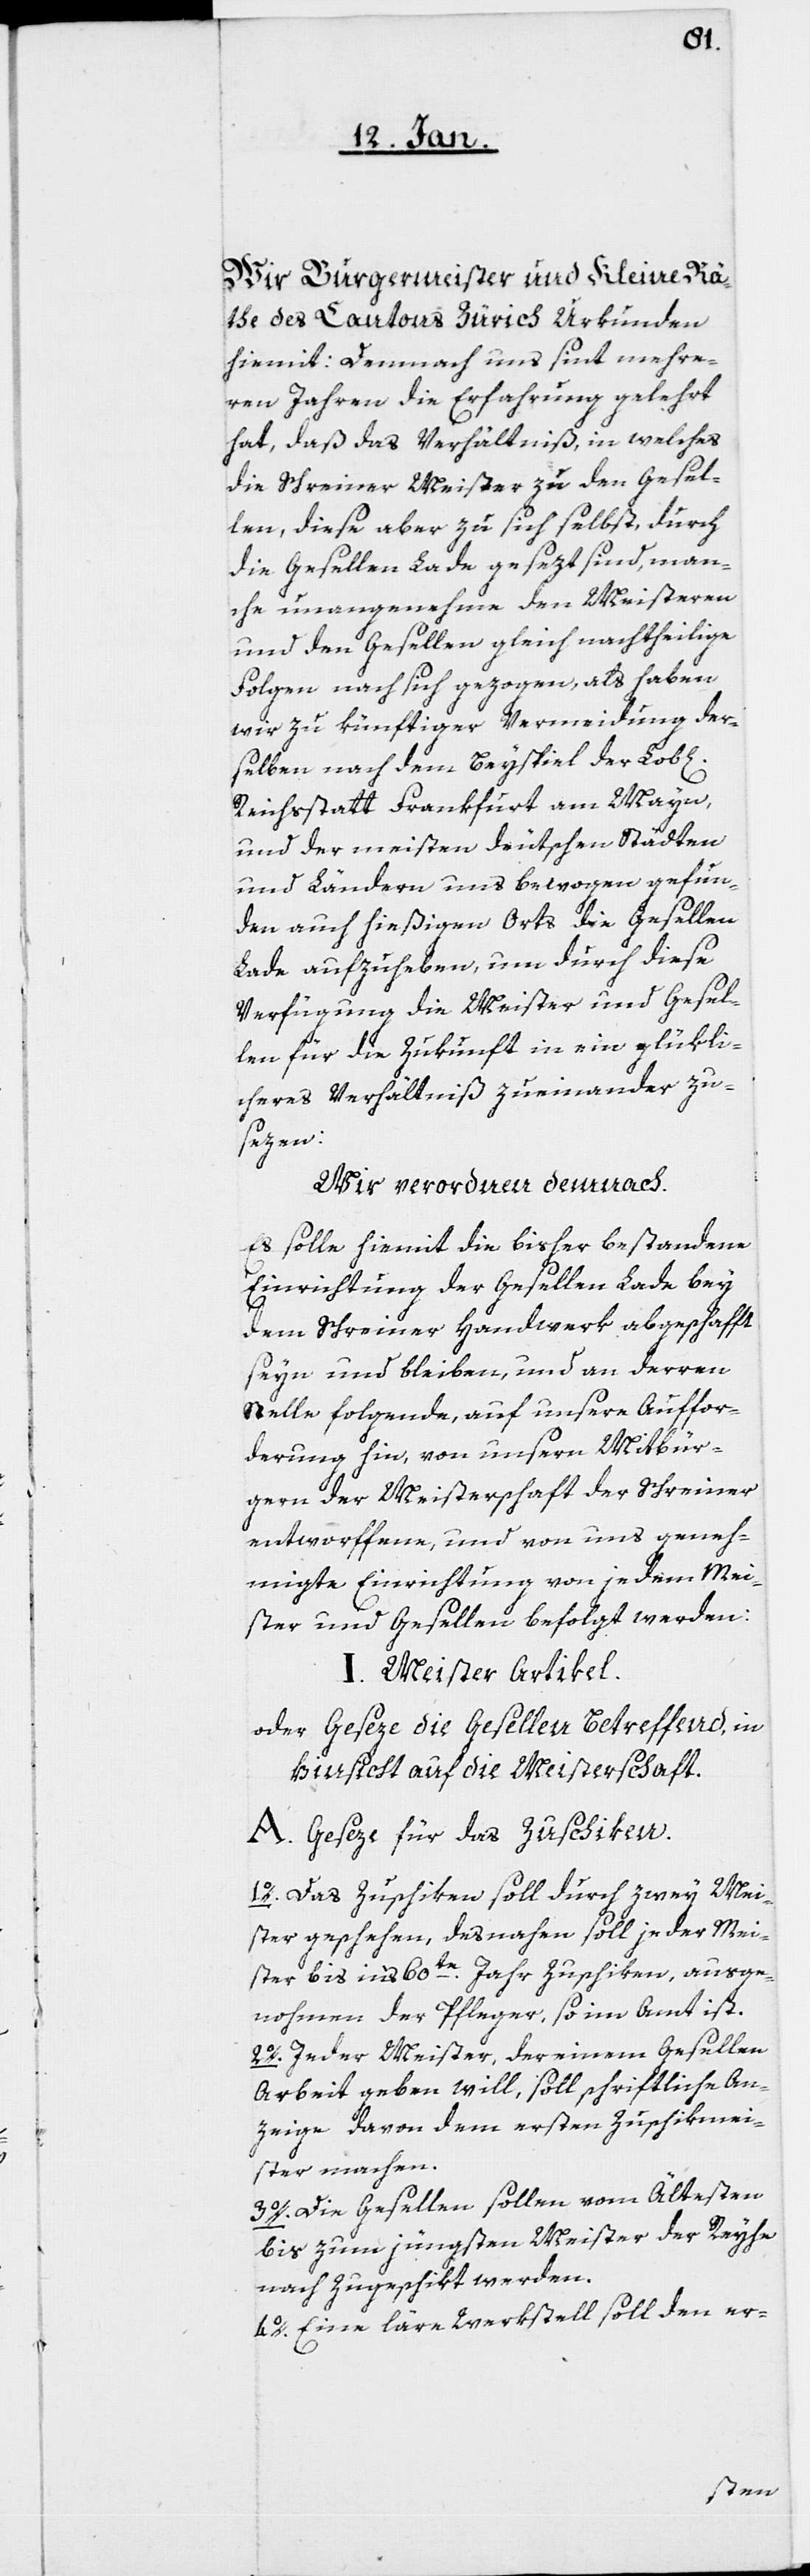
Wir Burgermeister und Kleine Rä¬
the des Cantons Zürich urkunden
hiemit: Demnach uns sint mehre¬
ren Jahren die Erfahrung gelehrt
hat, daß das Verhältniß, in welches
die Schreiner Meister zu den Gesel¬
len, diese aber zu sich selbst, durch
die Gesellen-Lade gesezt sind, man¬
che unangenehme den Meisteren
und den Gesellen gleich nachtheilige
Folgen nach sich gezogen, als haben
wir zu künftiger Vermeidung der¬
selben nach dem Beyspiel der Lob[l¬
Reichsstatt Frankfurt am Mayn,
und der meisten deutschen Städten
und Ländern uns bewogen gefun¬
den, auch hießigen Orts die Gesellen
Lade aufzuheben, um durch diese
Verfügung die Meister und Gesel¬
len für die Zukunft in ein glüklic¬
heres Verhältniß zueinander zu
sezen:
Wir verordnen demnach.
Es solle hiemit die bisher bestandene
Einrichtung der Gesellen-Lade bey
dem Schreiner Handwerk abgeschafft
seyn und bleiben, und an deren
Stelle folgende, auf unsere Auffor¬
derung hin, von unsern Mitbür¬
gern der Meisterschaft der Schreiner
entworffene und von uns geneh¬
migte Einrichtung von jedem Mei¬
ster und Gesellen befolgt werden:
I. Meister Artikel.
oder Geseze die Gesellen betreffend, in
Hinsicht auf die Meisterschaft.
A. Geseze für das Zuschiken.
1o. Das Zuschiken soll durch zwey Mei¬
ster geschehen, desnahen soll jeder Mei¬
ster bis in’s 60te. Jahr Zuschiken, ausge¬
nohmen der Pfleger, so im Amt ist.
2o. Jeder Meister, der einem Gesellen
Arbeit geben will, soll schriftliche An¬
zeige davon dem ersten Zuschikmei¬
ster machen.
3o. Die Gesellen sollen vom Ältesten
bis zum jüngsten Meister der Reyhe
nach zugeschikt werden.
4o. Eine läre Werkstell soll den er-